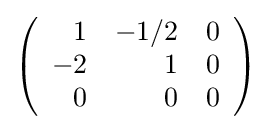
{\textstyle \left({\begin{array}{rrr}1&-1/2&0\\-2&1&0\\0&0&0\\\end{array}}\right)}